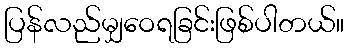
ပြန်လည်မျှဝေရခြင်းဖြစ်ပါတယ်။